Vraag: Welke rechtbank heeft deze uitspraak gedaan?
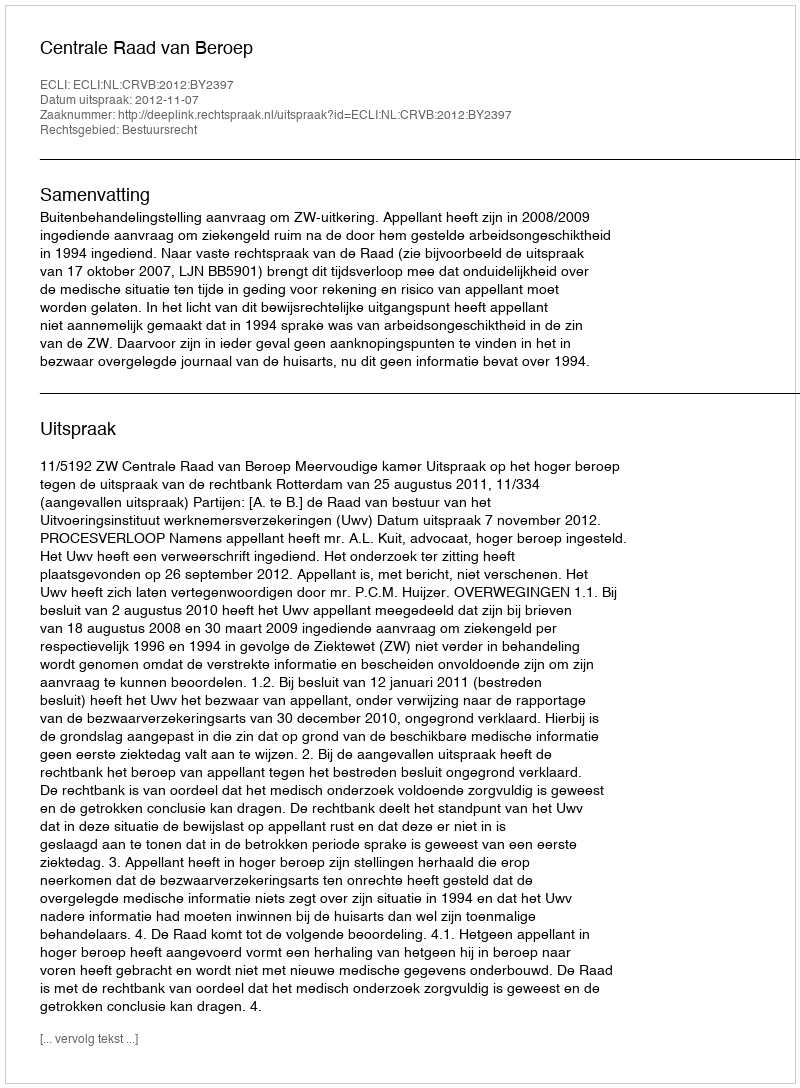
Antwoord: Centrale Raad van Beroep